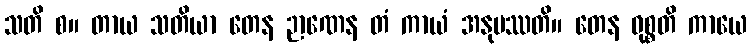
သတိ စ။ တာယ သတိယာ တေန ဉာဏေန တံ ကာယံ အနုပဿတိ။ တေန ဝုစ္စတိ ကာယေ